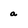
Character: a